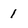
Character: 1